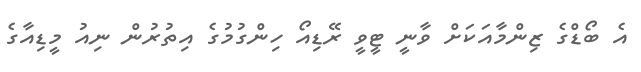
އެ ބޯޑްގެ ޒިންމާއަކަށް ވާނީ ޓީވީ ރޭޑިއޯ ހިންގުމުގެ އިތުރުން ނިއު މީޑިއާގެ